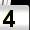
Digit: 4